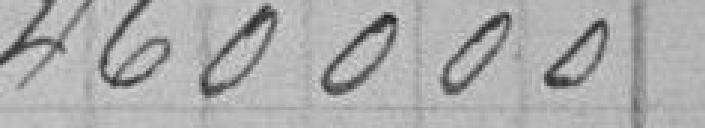
460 000,00